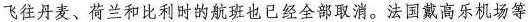
飞往丹麦、荷兰和比利时的航班也已经全部取消。法国戴高乐机场等